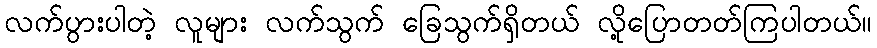
လက်ပွားပါတဲ့ လူများ လက်သွက် ခြေသွက်ရှိတယ် လို့ပြောတတ်ကြပါတယ်။